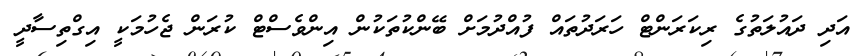
އަދި ދައުލަތުގެ ރިކަރަންޓް ހަރަދުތައް ފުއްދުމަށް ބޭންކުތަކުން އިންވެސްޓް ކުރަން ޖެހުމަކީ އިގްތިސާދީ